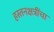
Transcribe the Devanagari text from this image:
हस्तनक्षत्रींचा